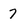
Character: 7